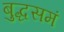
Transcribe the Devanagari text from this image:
बुद्धसमं